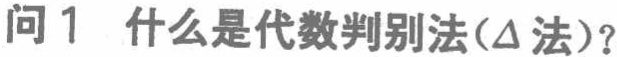
问1 什么是代数判别法(Δ法)？